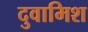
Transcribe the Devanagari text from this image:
दुवामिश